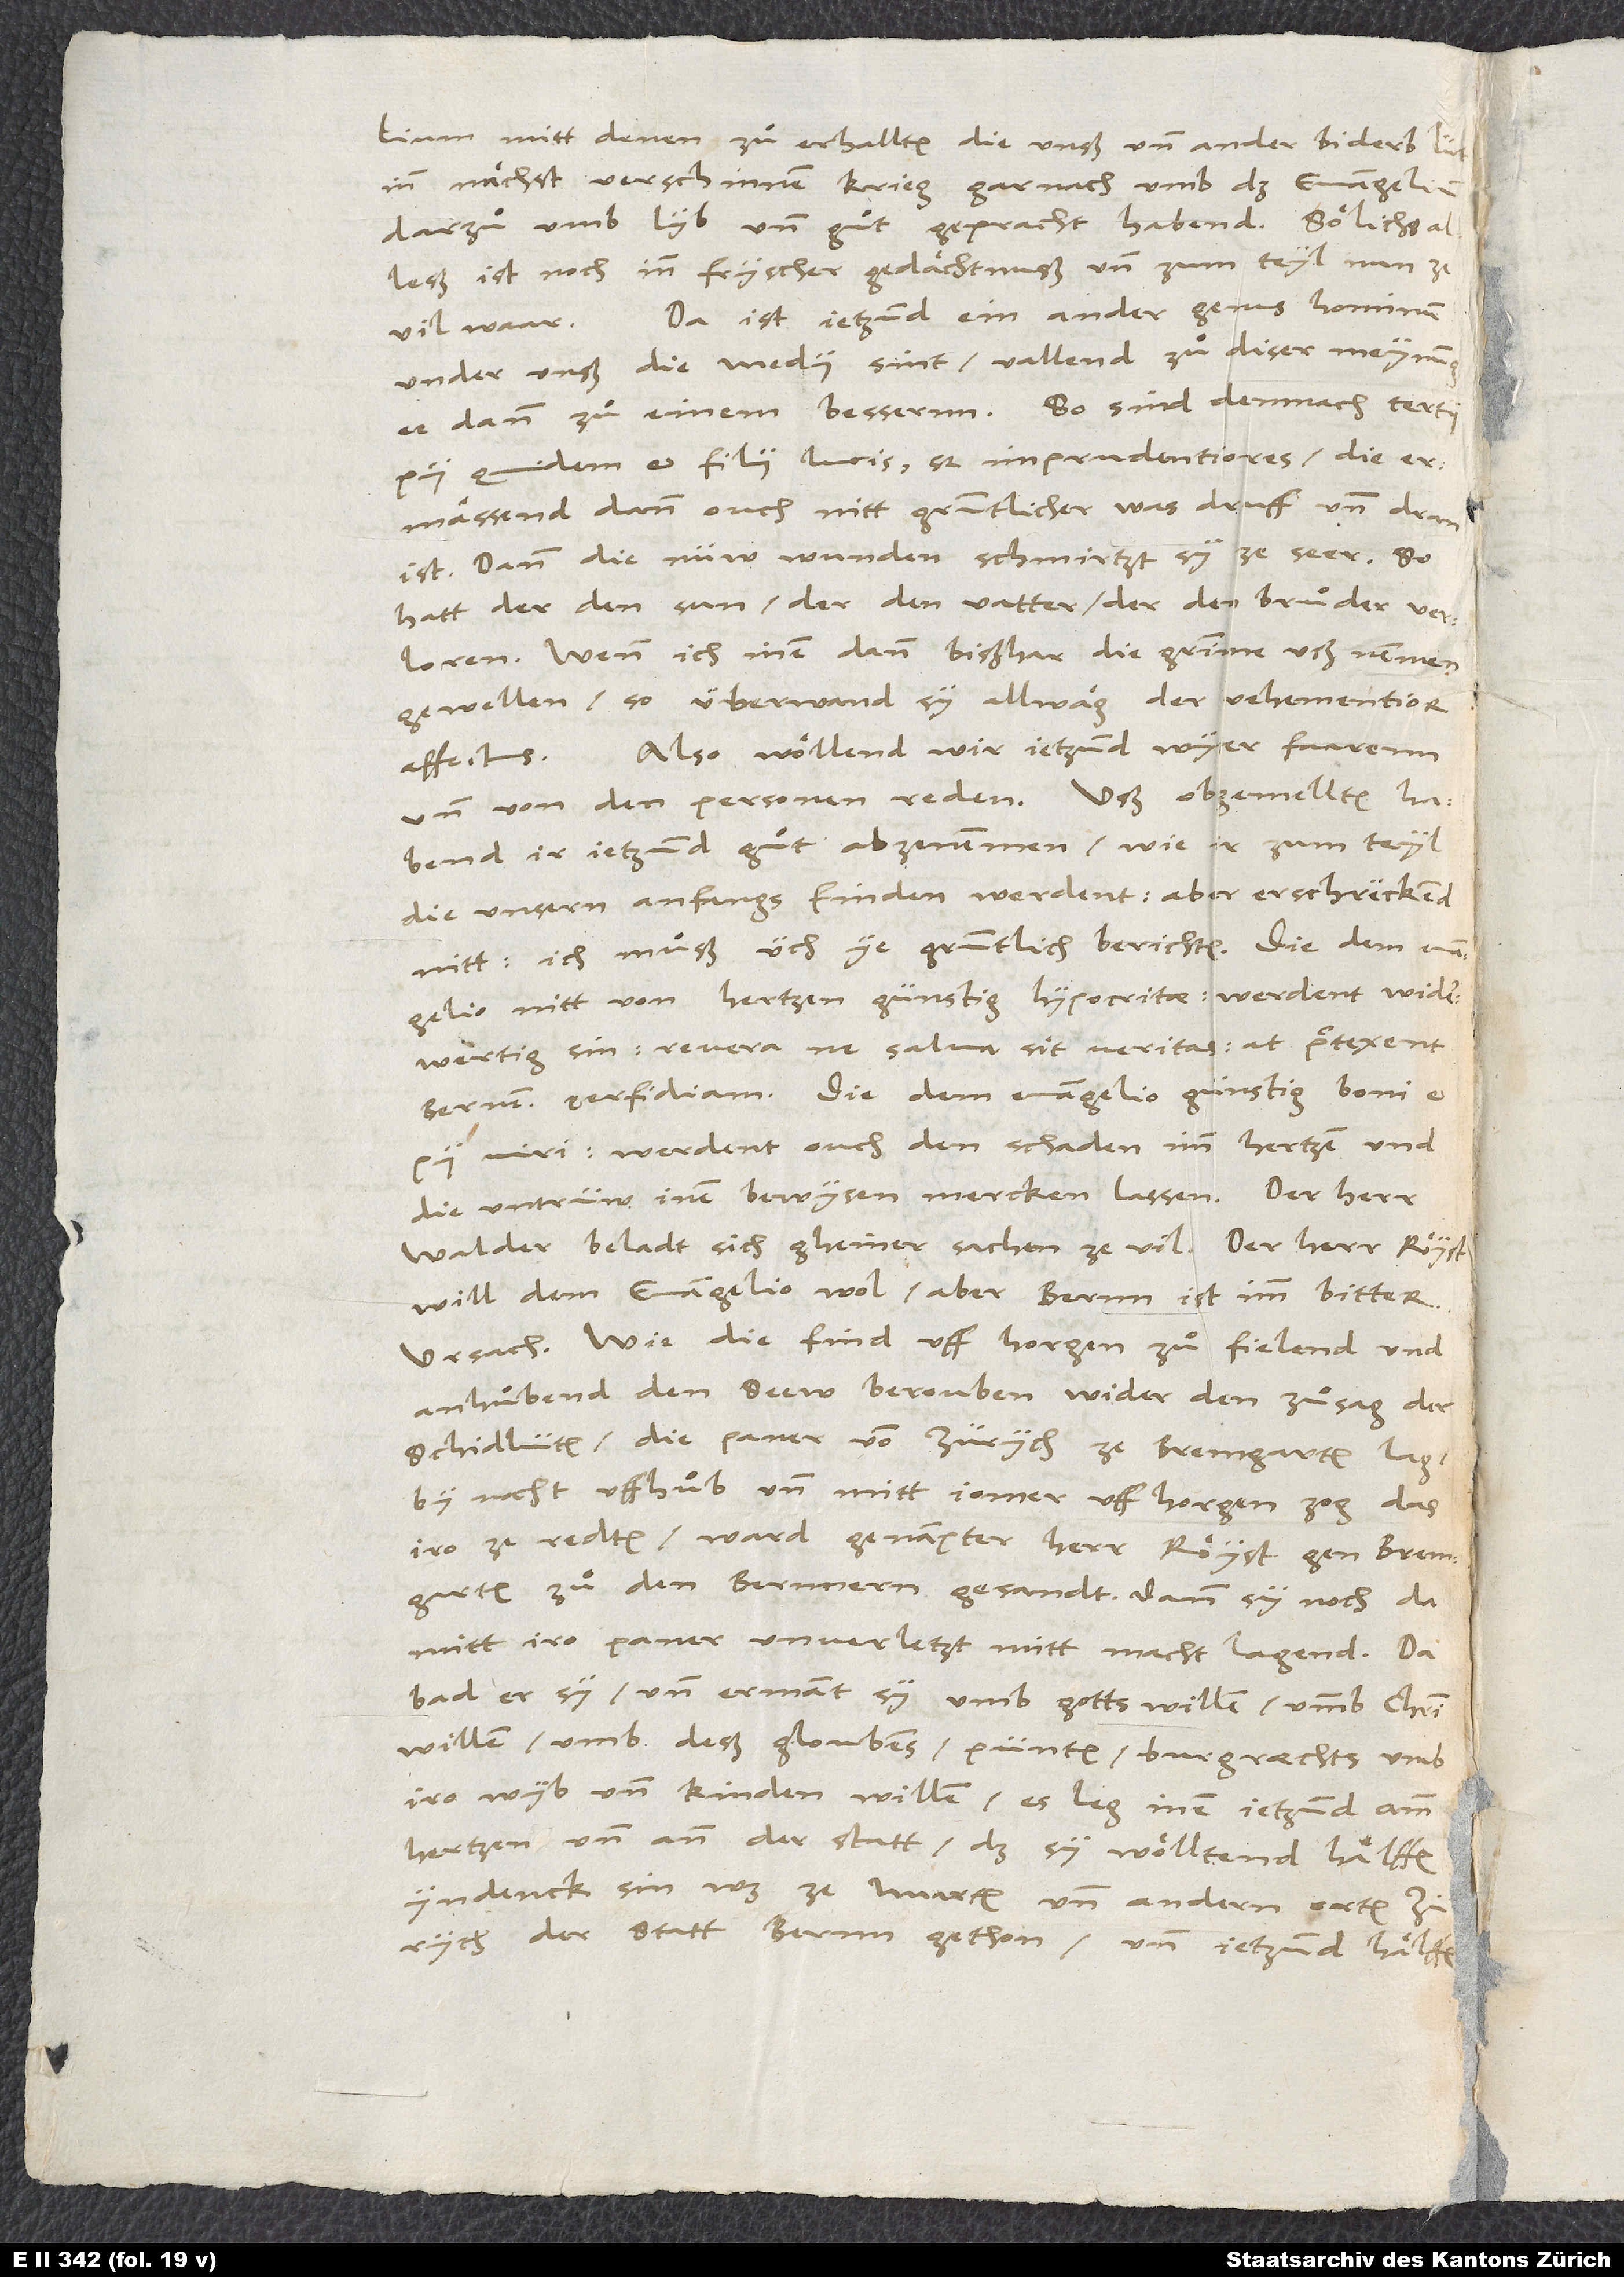
um mitt denen zuͦ erhallten, die unß und ander biderb lüt
inn nächst verschinnem krieg gar nach umb das evangelium,
darzuͦ umb lyb und guͦt gepracht habend! Sölichs alleß
ist noch inn fryscher gedächtnuß und zum teyl nun ze
Da ist jetzund ein ander genus hominum
vil waar.
under unß, die medii sint; vallend zuͦ diser meynung,
ee dann zuͦ einem bessernn. So sind demnach tertii,
pii quidem et filii lucis, sed imprudentiores; die
ermässend dann ouch nitt gruntlicher, was druff und dran
ist. Dann die nüw wunden schmirtzt sy ze seer; so
hatt der den sun, der den vatter, der den bruͦder verloren.
Wenn ich inen dann bißhar die grimme ußnemmen
gewellen, so überwand sy allwäg der vehementior
Also wöllend wir jetzund wyter faaren
affectus.
und von den personen reden. Uß obgemelltem habend
ir jetzund guͦt abzenemmen, wie ir zum teyl
die unsern anfangs finden werdent. Aber erschreckend
nitt, ich muͦß üch ye gruntlich berichten. Die dem evangelio
nitt von hertzen günstig, hypocritae, werdent widerwertig
sin: Revera ne salva sit veritas, at praetexent
Bernenperfidiam. Die dem evangelio günstig, ,
werdent ouch den schaden imm hertzen und
die untrüw inen bewysen mercken lassen. Der herr
Walder beladt sich gheiner sachen ze vil. Der herr Röyst
will dem evangelio wol, aber Bernn ist imm bitter,
ursach, wie die find uff Horgen zuͦfielend und
anhuͦbend den seew berouben wider den zuͦsag der
schidlüten, die paner von Zürych ze Bremgarten lag,
by nacht uffhuͦb und mitt jomer uff Horgen zog, das
iro ze redten, ward genampter herr Röyst gen Bremgarten
zu den Bernnern gesandt, dann sy noch da
mitt iro paner unverletzt mitt macht lagend. Da
bad er sy und ermant sy umb gotts willen, ummb Christi
willen, umb deß gloubens, pünten, burgrächts, umb
iro wyb und kinden willen, es leg inen jetzund amm
hertzen und ann der statt, daß sy wölltend hälffen
yndenck sin, was ze Murten und andern orten
Zürych der statt Bernn gethon und jetzund hälffen,